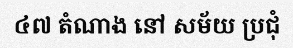
៤៧ តំណាង នៅ សម័យ ប្រជុំ